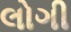
લોગી